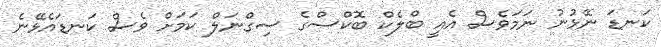
ކަނޑަ ނޭޅުނު ނަމަވެސް އެއީ ބްލެކް ބޮކްސްގެ ސިގްނަލް ކަމަށް ވެސް ކަނޑައެޅޭނެ